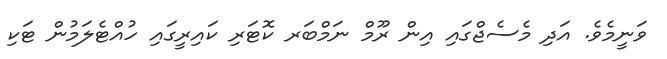
ވަނީމެވެ. އަދި މެސެޖްގައި އިން ރޫމް ނަމްބަރ ކޮޓަރި ކައިރީގައި ހުއްޓެލަމުން ޓަކި